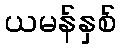
ယမန်နှစ်